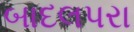
બાદલપરા